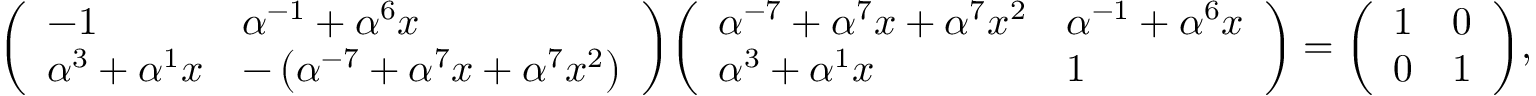
{ \left( \begin{array} { l l } { - 1 } & { \alpha ^ { - 1 } + \alpha ^ { 6 } x } \\ { \alpha ^ { 3 } + \alpha ^ { 1 } x } & { - \left( \alpha ^ { - 7 } + \alpha ^ { 7 } x + \alpha ^ { 7 } x ^ { 2 } \right) } \end{array} \right) } { \left( \begin{array} { l l } { \alpha ^ { - 7 } + \alpha ^ { 7 } x + \alpha ^ { 7 } x ^ { 2 } } & { \alpha ^ { - 1 } + \alpha ^ { 6 } x } \\ { \alpha ^ { 3 } + \alpha ^ { 1 } x } & { 1 } \end{array} \right) } = { \left( \begin{array} { l l } { 1 } & { 0 } \\ { 0 } & { 1 } \end{array} \right) } ,